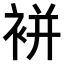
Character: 𧚭